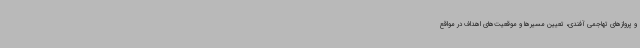
و پروازهای تهاجمی آفندی، تعیین مسیرها و موقعیت‌های اهداف در مواقع